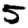
Digit: 5